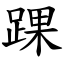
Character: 踝